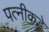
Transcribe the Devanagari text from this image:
पत्नीकडे